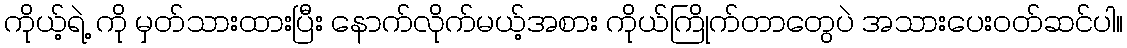
ကိုယ့်ရဲ့ ကို မှတ်သားထားပြီး နောက်လိုက်မယ့်အစား ကိုယ်ကြိုက်တာတွေပဲ အသားပေးဝတ်ဆင်ပါ။